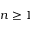
n \geq 1